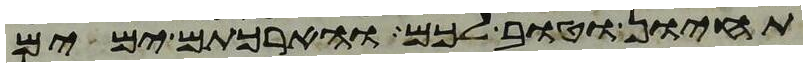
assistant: תחיון וטוב לכם והארכתם ימים